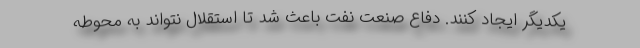
یکدیگر ایجاد کنند. دفاع صنعت نفت باعث شد تا استقلال نتواند به محوطه